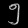
Digit: ၅